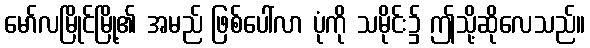
မော်လမြိုင်မြို့၏ အမည် ဖြစ်ပေါ်လာ ပုံကို သမိုင်း၌ ဤသို့ဆိုလေသည်။